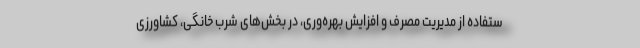
ستفاده از مدیریت مصرف و افزایش بهره‌وری، در بخش‌های شرب خانگی، کشاورزی